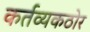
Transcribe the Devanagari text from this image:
कर्तव्यकठोर